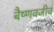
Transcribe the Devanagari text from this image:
बैष्णवजीव